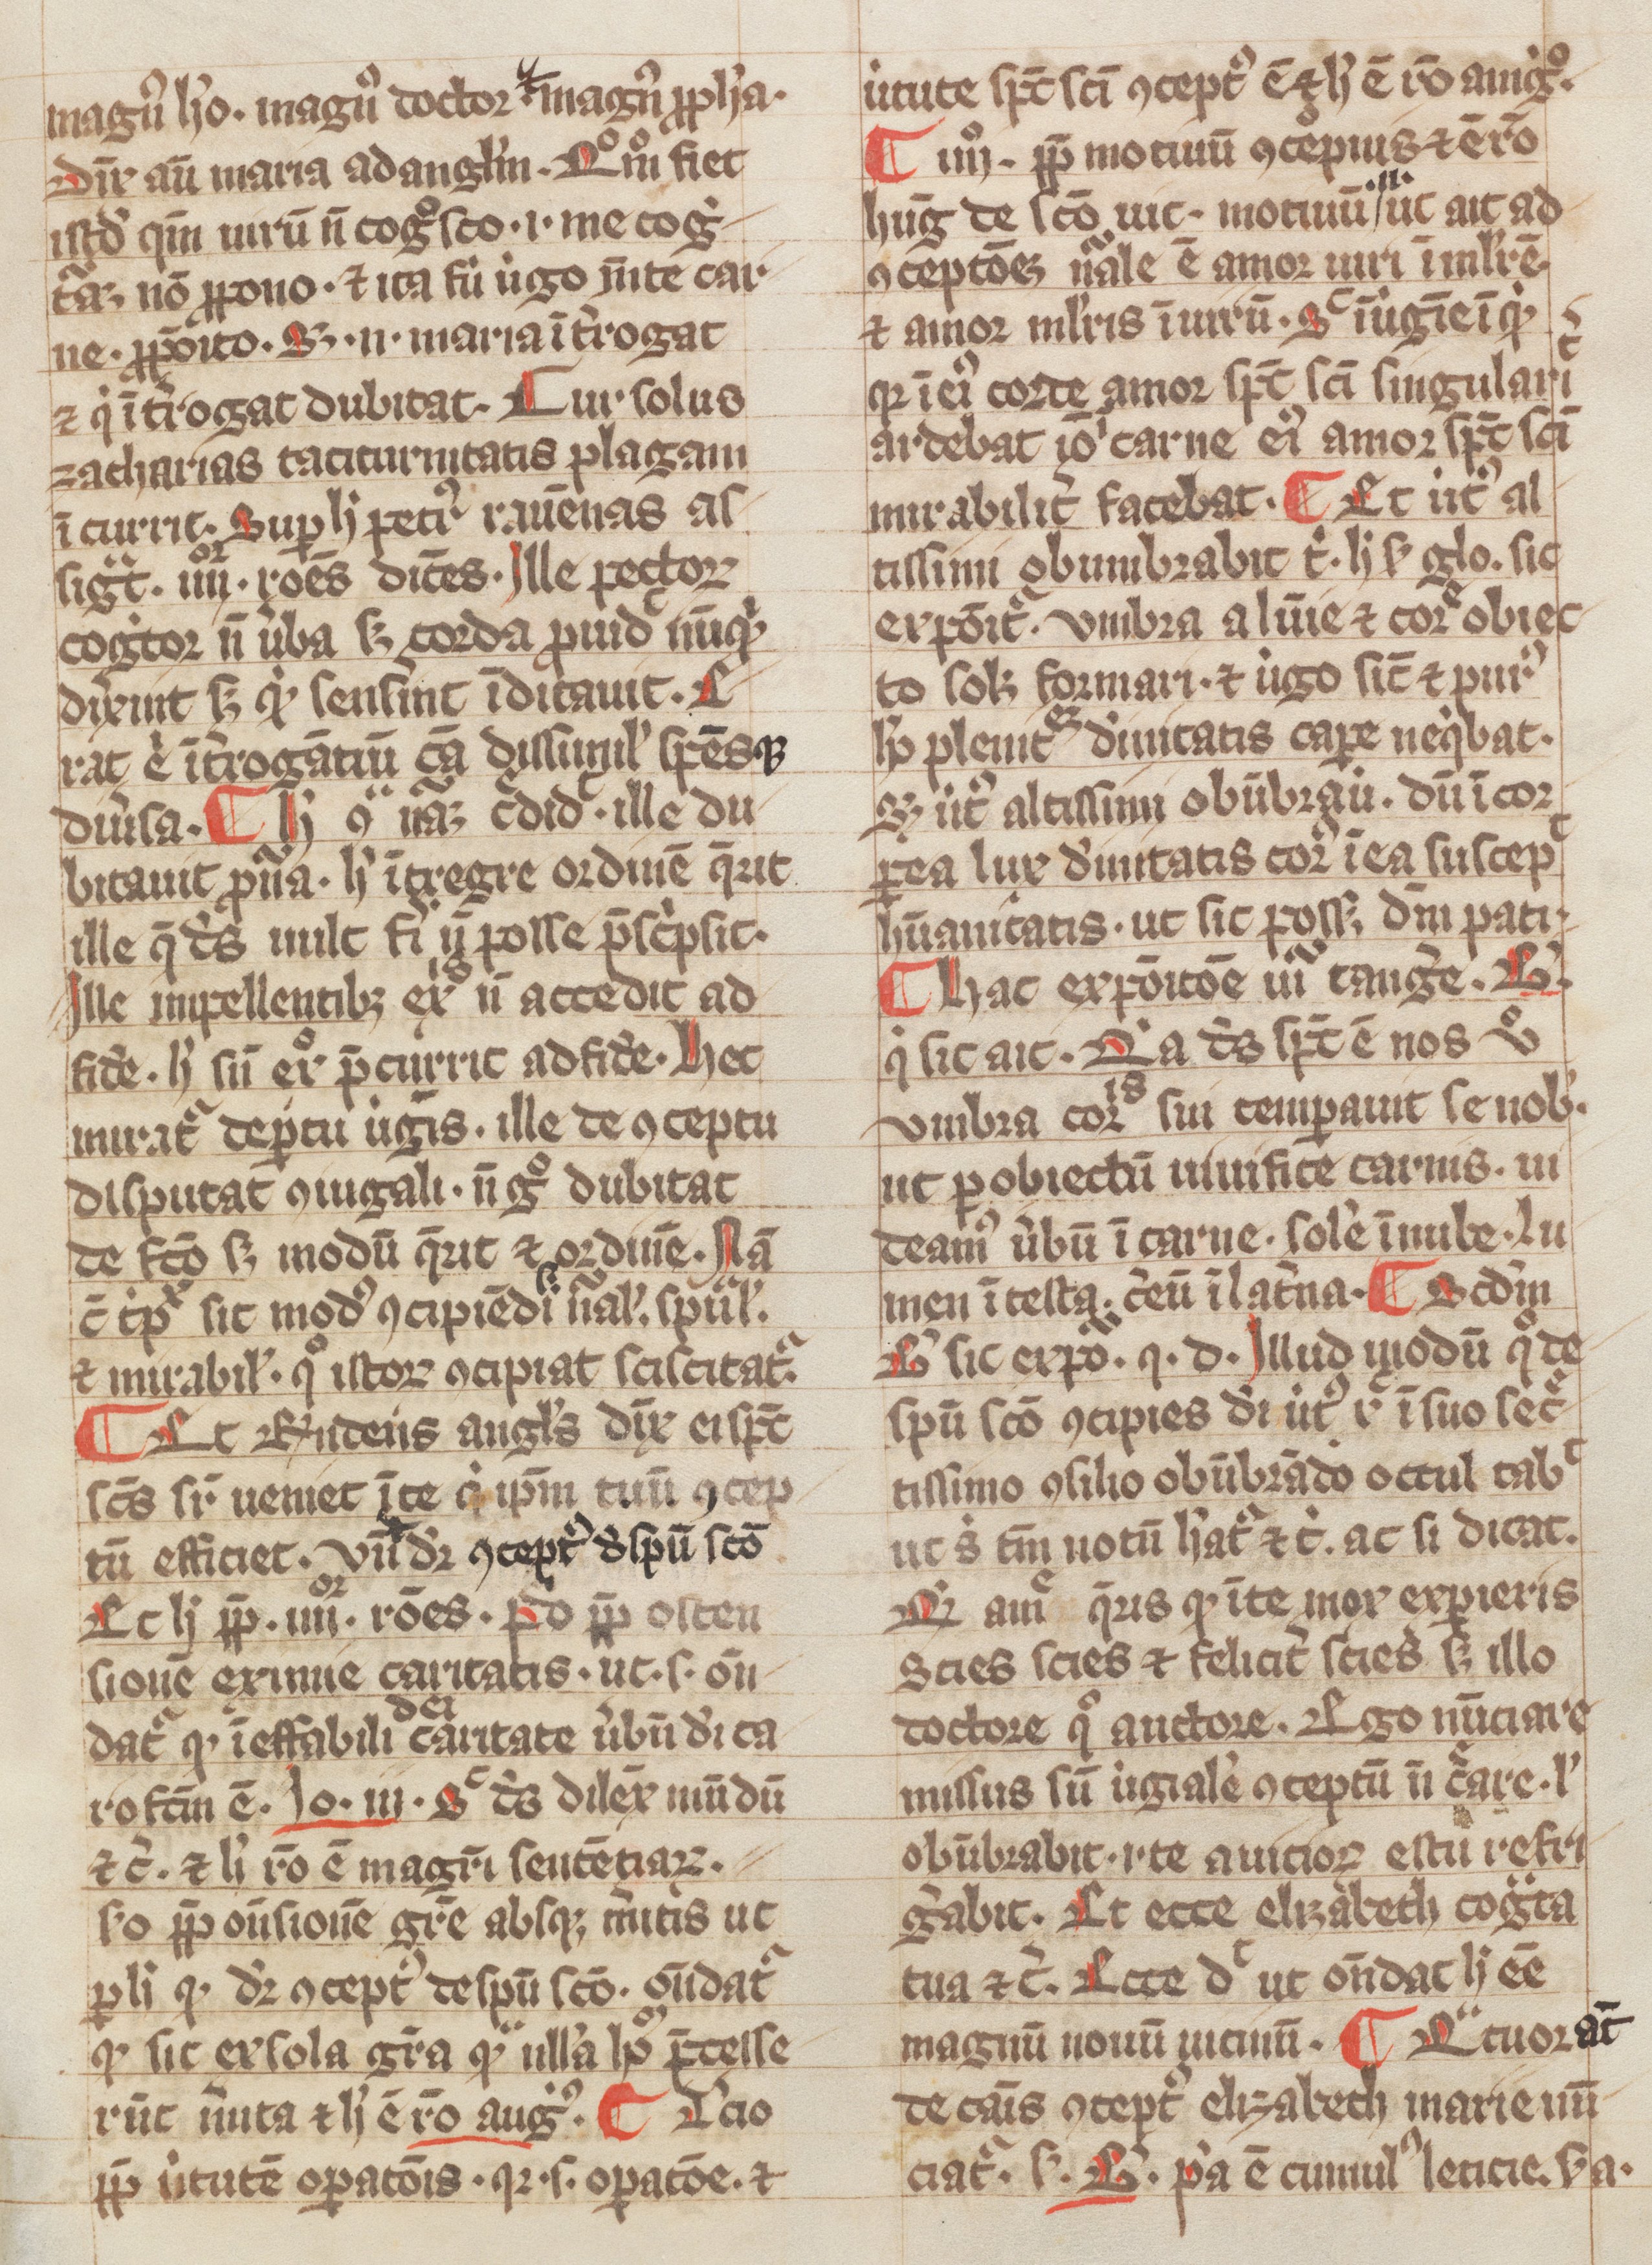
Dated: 1300–1399